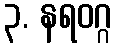
၃. နရဝဂ္ဂ